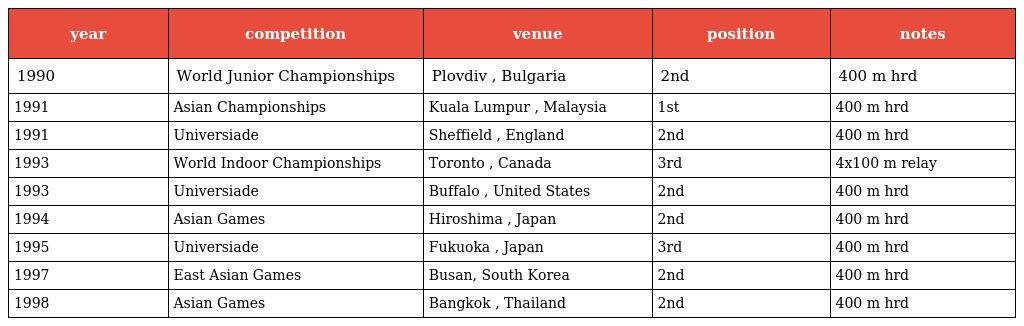
| year | competition | venue | position | notes |
 | --- | --- | --- | --- | --- |
 | 1990 | World Junior Championships | Plovdiv , Bulgaria | 2nd | 400 m hrd |
 | 1991 | Asian Championships | Kuala Lumpur , Malaysia | 1st | 400 m hrd |
 | 1991 | Universiade | Sheffield , England | 2nd | 400 m hrd |
 | 1993 | World Indoor Championships | Toronto , Canada | 3rd | 4x100 m relay |
 | 1993 | Universiade | Buffalo , United States | 2nd | 400 m hrd |
 | 1994 | Asian Games | Hiroshima , Japan | 2nd | 400 m hrd |
 | 1995 | Universiade | Fukuoka , Japan | 3rd | 400 m hrd |
 | 1997 | East Asian Games | Busan, South Korea | 2nd | 400 m hrd |
 | 1998 | Asian Games | Bangkok , Thailand | 2nd | 400 m hrd |